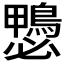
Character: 𱈶